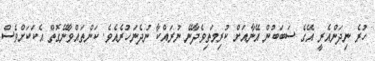
ހުރެ ނިދަންއެރީ އޭގެ ސަބަބުން އޭނާއަށް ކުރިމަތިވެދާނޭ ނުރައްކާ ނުދެނަހުރެއެވެ. ކަންތައްވާނޭގޮތް އެކަކަށްވެސް